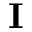
\mathbf { I }